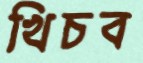
খিচব